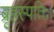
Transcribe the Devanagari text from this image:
ब्रृहस्पतिः।